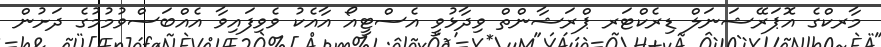
މާރކްގެ އޮޕަރޭޝަނަލް ޑިރެކްޓަރ ޕްރަޝާންތް ވިދާޅުވީ އެސްޓީއޯ އާއެކު ވެވިފައިވާ އެއްބަސްވުމުމުގެ ދަށުން